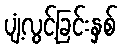
ပျံ့လွင့်ခြင်းနှစ်